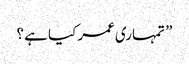
” تمہاری عمر کیا ہے ؟